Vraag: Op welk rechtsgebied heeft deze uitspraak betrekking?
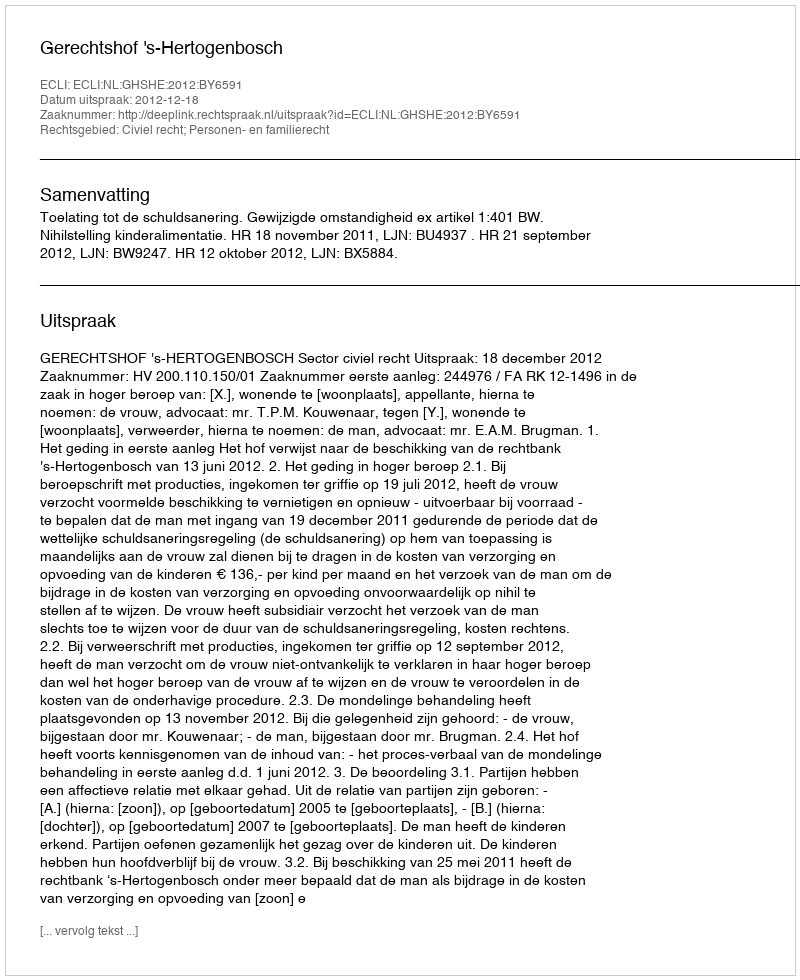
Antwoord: Civiel recht; Personen- en familierecht